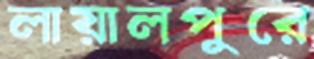
লায়ালপুরে